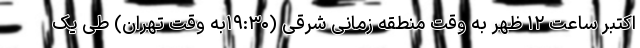
اکتبر ساعت ۱۲ ظهر به وقت منطقه زمانی شرقی (۱۹:۳۰به وقت تهران) طی یک